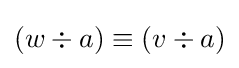
(w\div a)\equiv (v\div a)